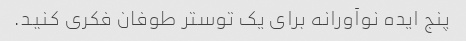
پنج ایده نوآورانه برای یک توستر طوفان فکری کنید.